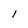
Character: 1